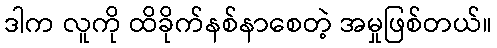
ဒါက လူကို ထိခိုက်နစ်နာစေတဲ့ အမှုဖြစ်တယ်။